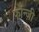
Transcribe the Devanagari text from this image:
फॉन्ज़ी